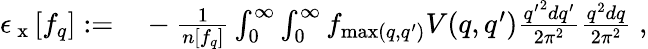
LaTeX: \begin{array}{rl}{\epsilon_{\mathrm{~x~}}[f_{q}]:=}&{{}-\frac{1}{n[f_{q}]}\int_{0}^{\infty}\int_{0}^{\infty}f_{\operatorname*{max}(q,q^{\prime})}V(q,q^{\prime})\frac{{q^{\prime}}^{2}dq^{\prime}}{2\pi^{2}}\frac{q^{2}dq}{2\pi^{2}}\; ,}\end{array}